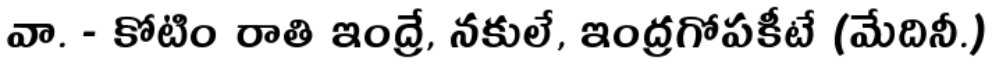
వా. - కోటిం రాతి ఇంద్రే, నకులే, ఇంద్రగోపకీటే (మేదినీ.)